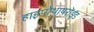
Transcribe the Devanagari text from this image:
हाइपोथायरोइड